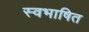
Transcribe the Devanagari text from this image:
स्वभाषित